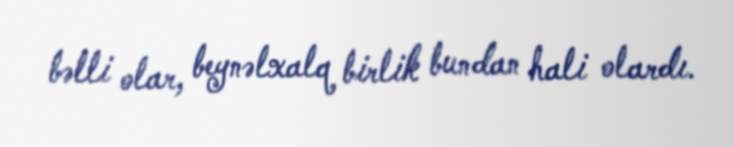
bəlli olar, beynəlxalq birlik bundan hali olardı.